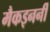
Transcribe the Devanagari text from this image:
मैकइनर्नी